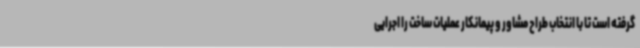
گرفته است تا با انتخاب طراح مشاور و پیمانکار عملیات ساخت را اجرایی